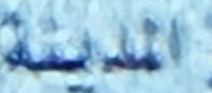
المدينة